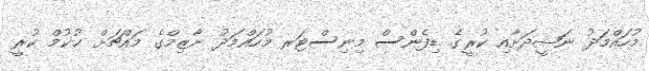
މުހައްމަދު ނަޝީދަށާއި ކުރީގެ ޑިފެންސް މިނިސްޓަރ މުހައްމަދު ނާޒިމްގެ މައްޗަށް ޙުކުމް ކުރީ